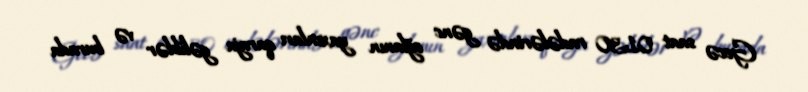
Gecə saat 01:30 radələrində gənc oğlanın yaxınları qaraja gəliblər və burada